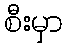
စီးမှာ